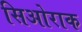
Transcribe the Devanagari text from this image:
सिओराक